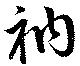
衲